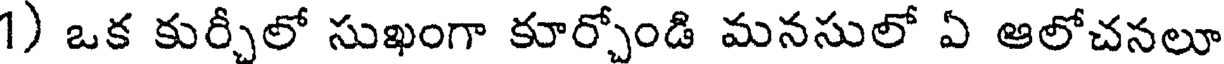
1) ఒక కుర్చీలో సుఖంగా కూర్చోండి మనసులో ఏ ఆలోచనలూ